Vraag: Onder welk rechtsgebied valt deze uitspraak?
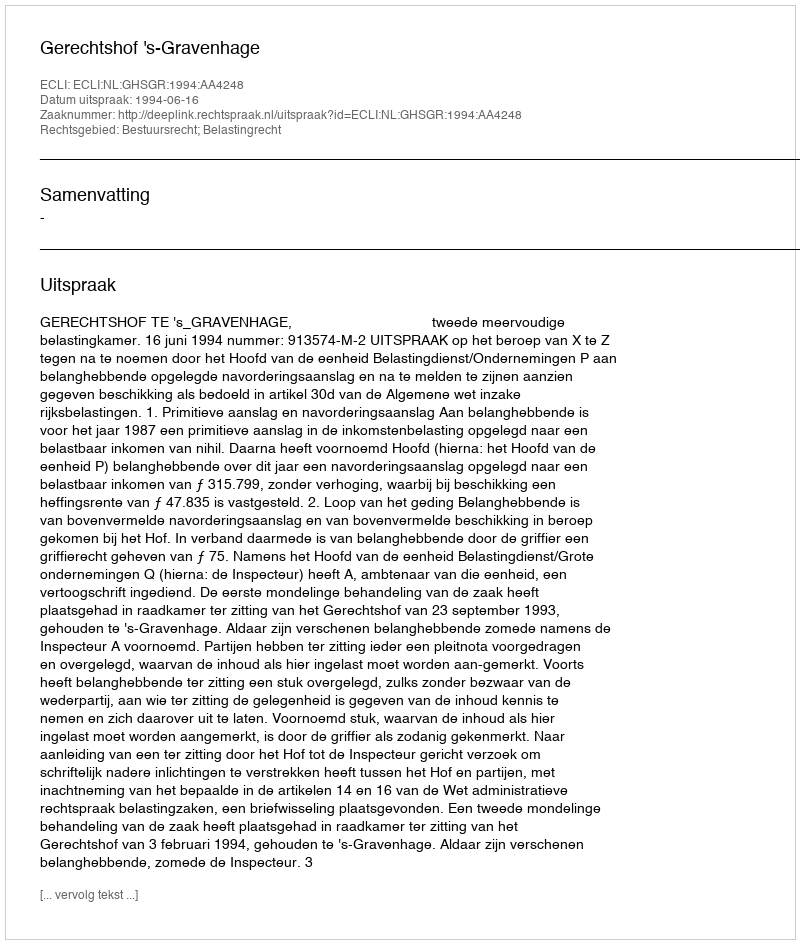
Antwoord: Bestuursrecht; Belastingrecht